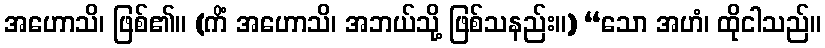
အဟောသိ၊ ဖြစ်၏။ (ကိံ အဟောသိ၊ အဘယ်သို့ ဖြစ်သနည်း။) “သော အဟံ၊ ထိုငါသည်။